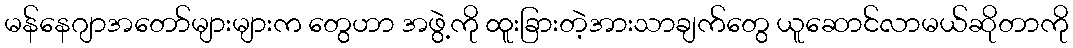
မန်နေဂျာအတော်များများက တွေဟာ အဖွဲ့ကို ထူးခြားတဲ့အားသာချက်တွေ ယူဆောင်လာမယ်ဆိုတာကို